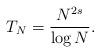
LaTeX: \begin{align*}T_N = \frac{N^{2s}}{\log N}.\end{align*}